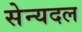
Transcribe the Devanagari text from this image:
सेन्यदल